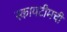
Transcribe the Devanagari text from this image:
स्कायटीमची